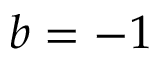
b = - 1